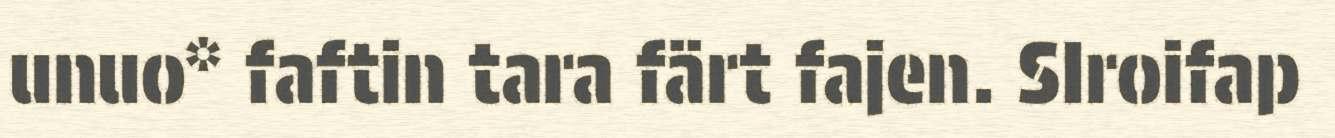
unuo* faftin tara färt fajen. SIroifap